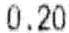
0.20